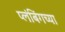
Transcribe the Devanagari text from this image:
प्लंबिंगच्या